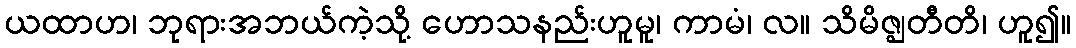
ယထာဟ၊ ဘုရားအဘယ်ကဲ့သို့ ဟောသနည်းဟူမူ၊ ကာမံ၊ လ။ သိမိဇ္ဈတီတိ၊ ဟူ၍။